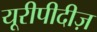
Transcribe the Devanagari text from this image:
यूरीपीदीज़